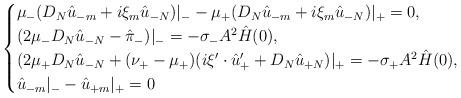
LaTeX: \begin{align*}\begin{cases}\mu_{-}(D_N\hat u_{-m} + i\xi_m\hat u_{-N})|_-- \mu_{+}(D_N\hat u_{-m} + i\xi_m\hat u_{-N})|_+= 0,\\(2\mu_{-}D_N\hat u_{-N} - \hat \pi_-)|_- = -\sigma_-A^2\hat H(0), \\(2\mu_{+}D_N\hat u_{-N} + (\nu_{+}-\mu_{+})(i\xi'\cdot\hat u'_+ + D_N\hat u_{+N})|_+ = -\sigma_+A^2\hat H(0), \\\hat u_{-m}|_- - \hat u_{+m}|_+ = 0 \end{cases}\end{align*}